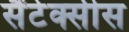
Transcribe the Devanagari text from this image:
सैंटेक्सीस